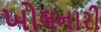
ખોલનારી